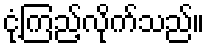
ငုံ့ကြည့်လိုက်သည်။